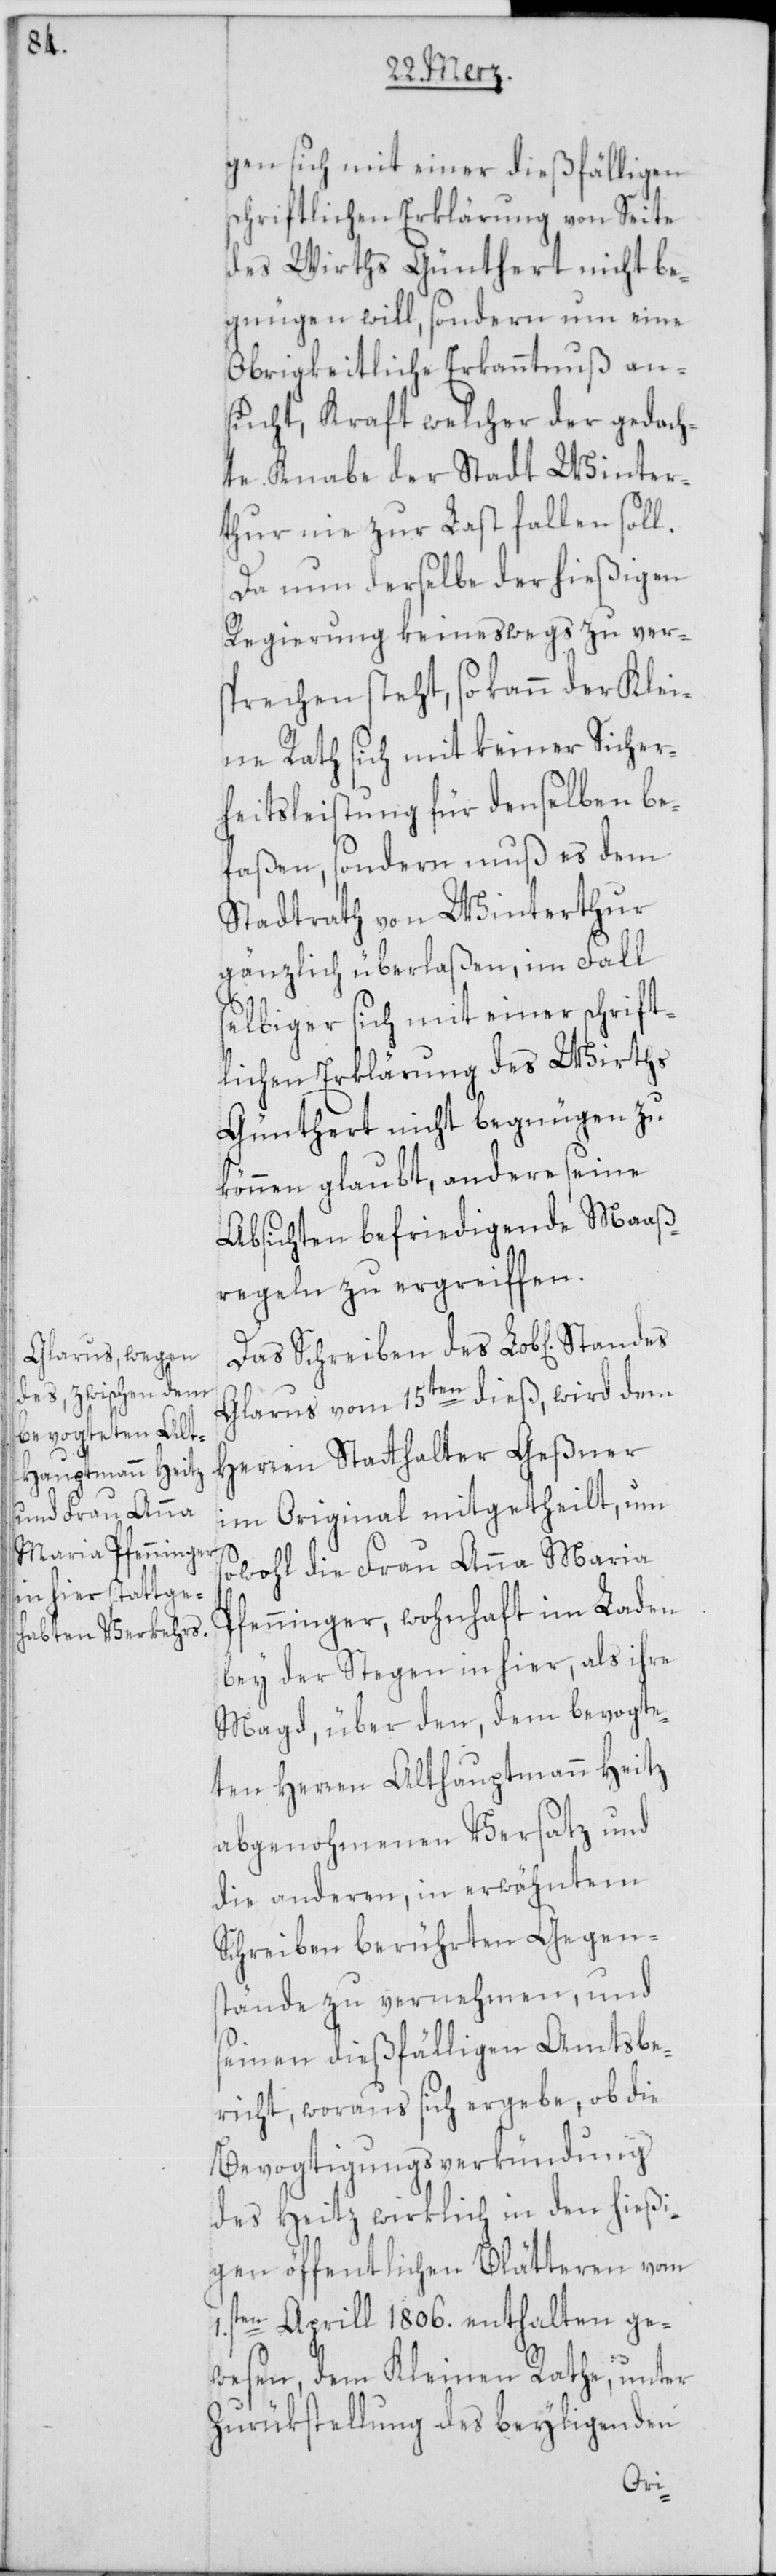
gen sich mit einer dießfälligen
schriftlichen Erklärung von Seite
des Wirths Günthert nicht be¬
gnügen will, sondern um eine
Obrigkeitliche Erkanntnuß an¬
sucht, Kraft welcher der gedach¬
te Knabe der Stadt Winter¬
thur nie zur Last fallen soll.
Da nun derselbe der hießigen
Regierung keineswegs zu ver¬
sprechen steht, so kann der Klei¬
ne Rath sich mit keiner Sicher¬
heitsleistung für denselben be¬
faßen, sondern muß es dem
Stadtrath von Winterthur
gänzlich überlaßen, im Fall
selbiger sich mit einer schrift¬
lichen Erklärung des Wirths
Günthert nicht begnügen zu
können glaubt, andere seine
Absichten befriedigende Maaß¬
regeln zu ergreiffen.
Glarus vom 15ten dieß, wird dem
Herren Statthalter Geßner
im Original mitgetheilt, um
sowohl die Frau Anna Maria
Pfenninger, wohnhaft im Laden
bey der Stegen in hier, als ihre
Magd, über den, dem bevogte¬
ten Herren Althauptmann Heitz
abgenohmenen Versatz und
die anderen, in erwähntem
Schreiben berührten Gegen¬
stände zu vernehmen, und
seinen dießfälligen Amtsbe¬
richt, woraus sich ergebe, ob die
Bevogtigungs-Verkündung
des Heitz wirklich in den hießi¬
gen öffentlichen Blätteren vom
1sten Aprill 1806. enthalten ge¬
wesen, dem Kleinen Rathe, unter
Zurükstellung des beyligenden